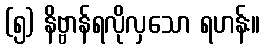
(၅) နိဗ္ဗာန်ရလိုလှသော ရဟန်း။